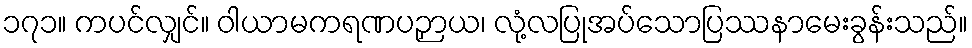
၁၇၁။ ကပင်လျှင်။ ဝါယာမကရဏပဉှာယ၊ လုံ့လပြုအပ်သောပြဿနာမေးခွန်းသည်။